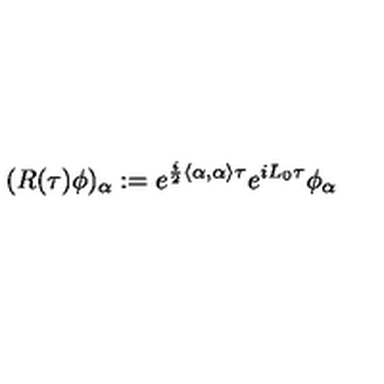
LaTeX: ( R ( \tau ) \phi ) _ { \alpha } : = e ^ { \frac { i } { 2 } \left\langle \alpha , \alpha \right\rangle \tau } e ^ { i L _ { 0 } \tau } \phi _ { \alpha }